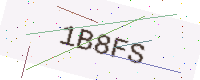
Text: 1B8FS